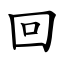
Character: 回